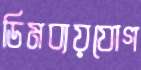
ডিমব্যয়যোগ